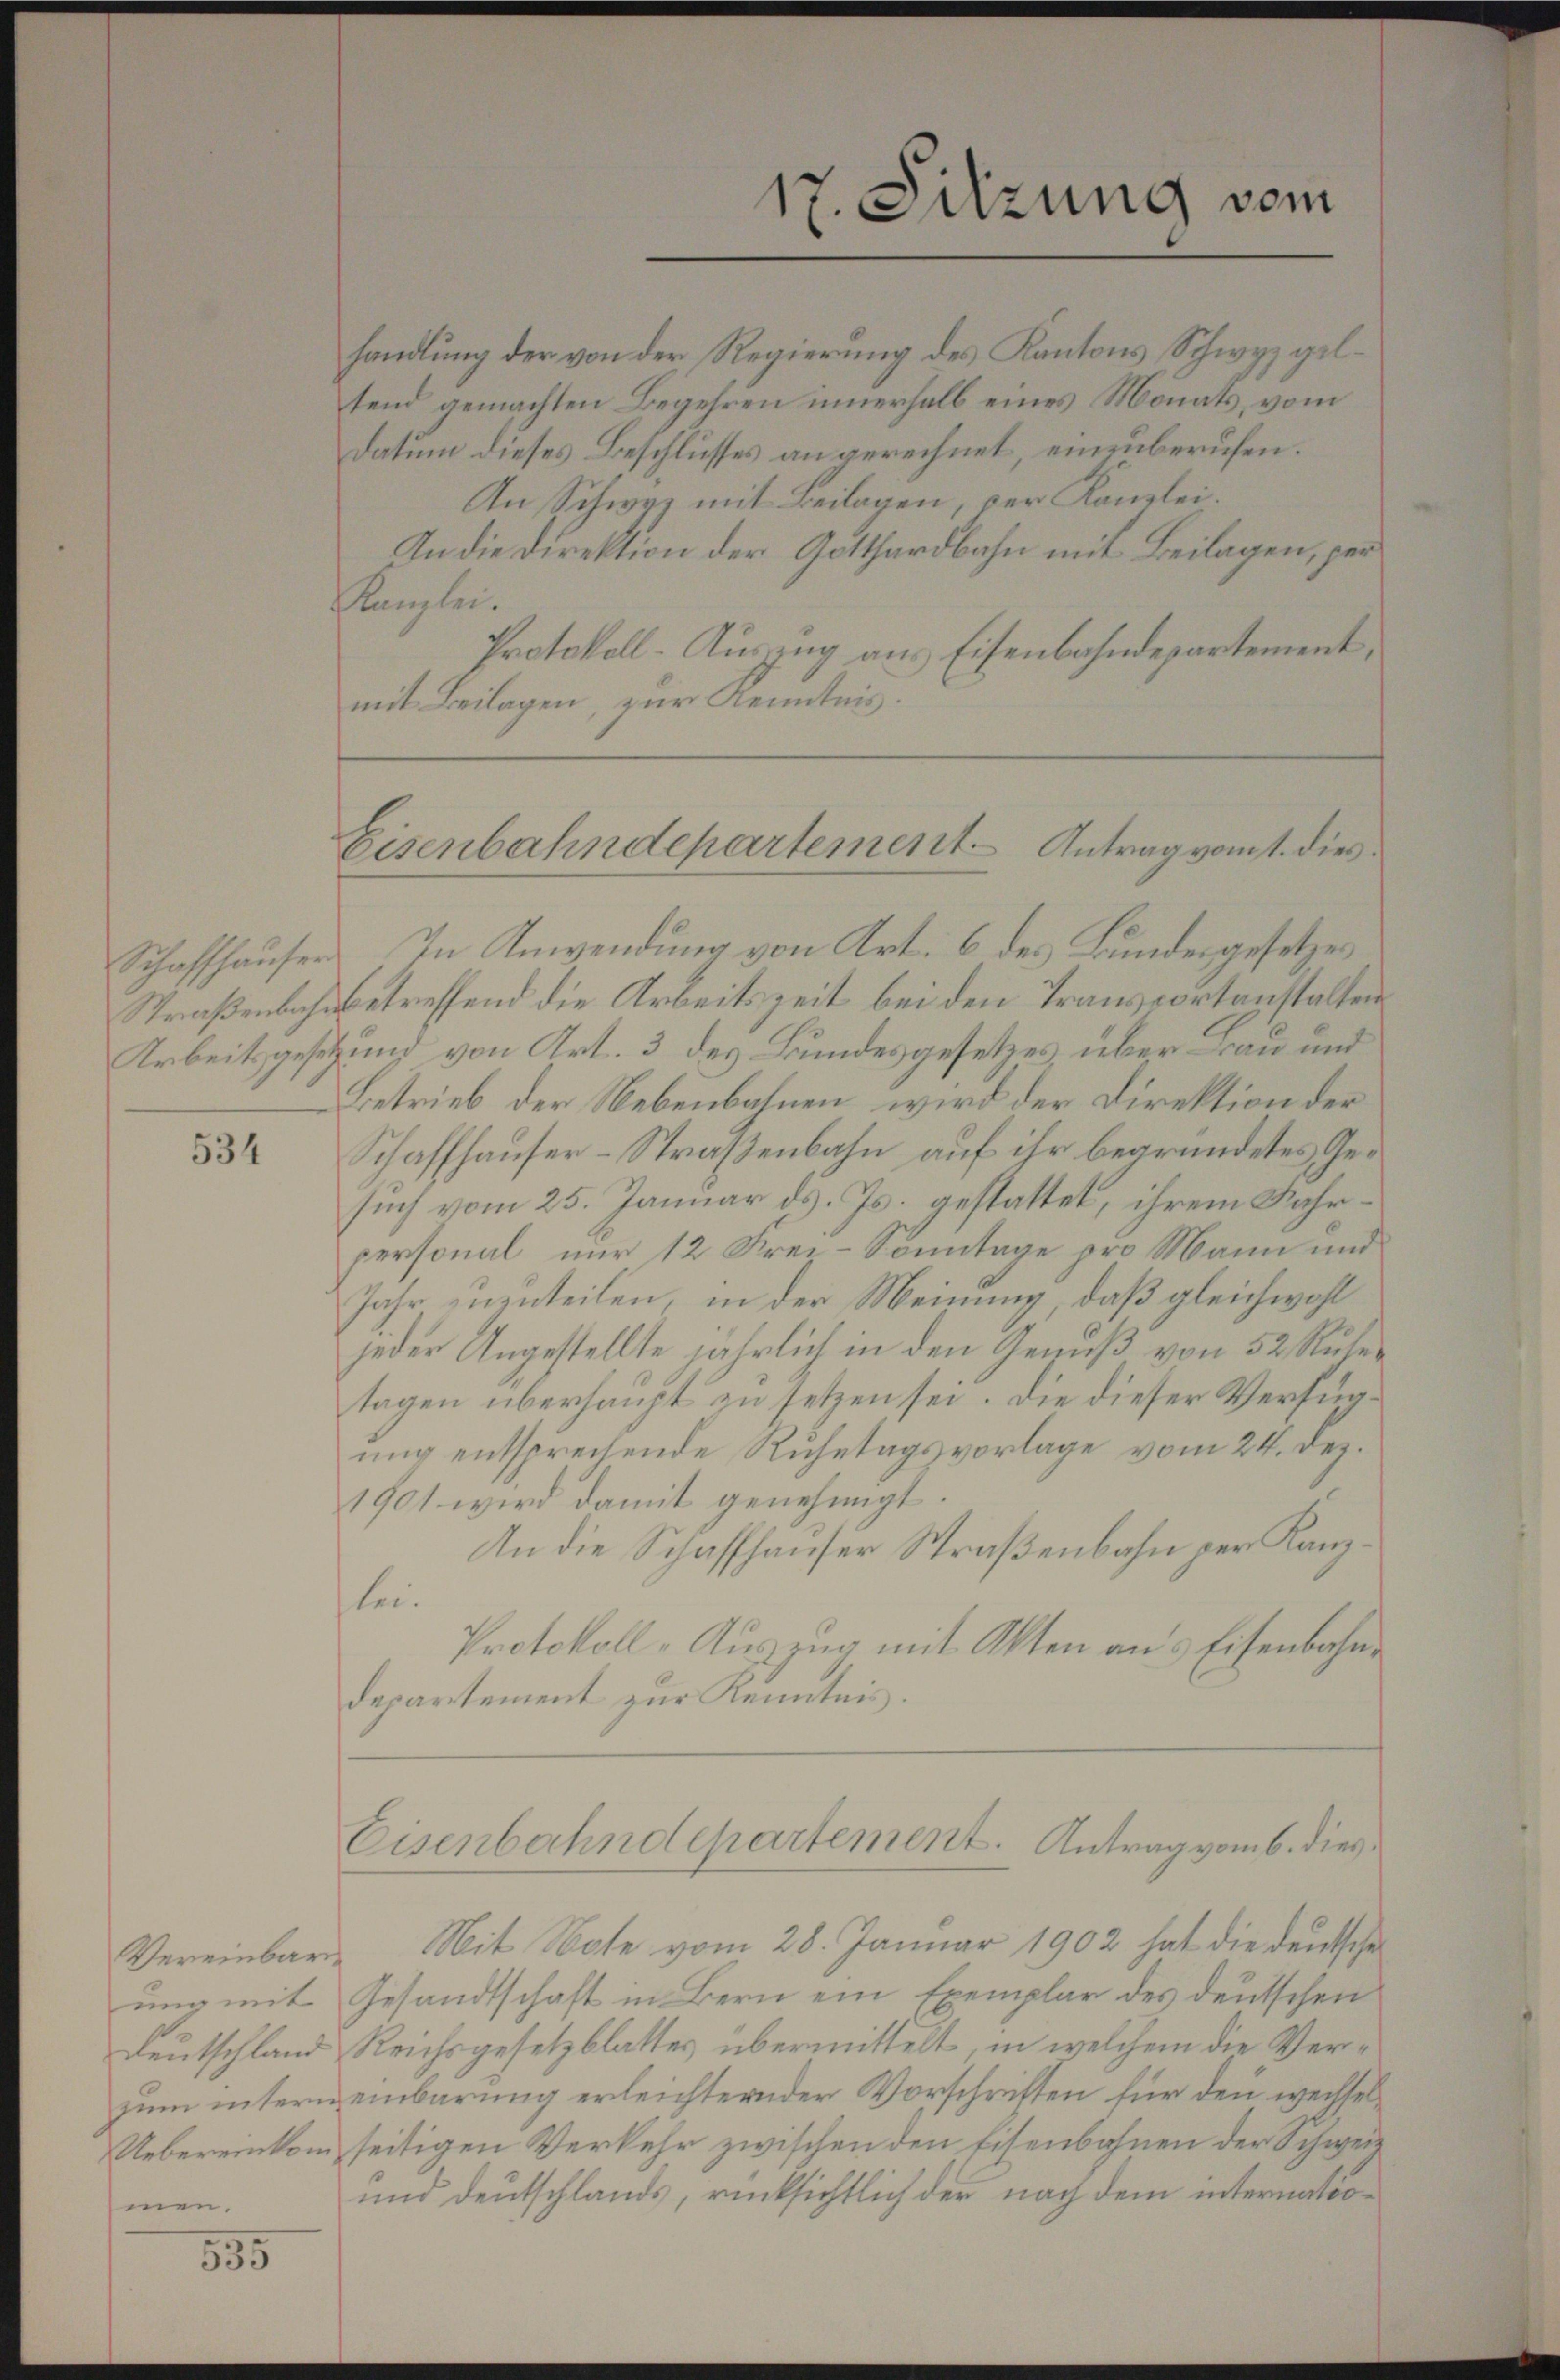
534

ung mit
Deutschland
Uebereinkom
men.

555

handlung der von der Regierung des Kantons Schwyz geltend gemachten Begehren innerhalb eines Monats, vom
Datum dieses Beschlusses an gerechnet, einzuberufen.
An Schwyz mit Beilagen, der Kanzlei.
In die Direktion der Gotthardbahn mit Beilagen, per¬
Kanzlei.
Protokoll-Auszug aus Eisenbahndepartement,
mit Beilagen, zur Kenntnis.

17. Sitzung vom

Schaffhauser. In Anwendung von Art. 6 des Bundesgesetzes
Straßenbahnbetreffend die Arbeitszeit bei den Transportanstalten
Arbeitsgesetz und von Art. 3 des Bundesgesetzes, über au und
Betrieb der Nebenbahnen wird der Direktion der
Schaffhauser-Straßenbahn auf ihr begründetes Gesuch vom 25. Januar ds. Js. gestattet, ihrem Fahrpersonal nur 12 Frei-Sonntage pro Mann und
Jahr zuzuteilen, in der Meinung, daß gleichwohl
jeder Angestellte jährlich in den Genuß von 52 Ruhetagen überhaupt zu setzen sei. Die dieser Verfügung entsprechende Ruhetagsvorlage vom 24. Dez.
1901 wird damit genehmigt.
An die Schaffhauser Straßenbahn per Kanzlei.
Protokoll-Auszug mit Akten aus Eisenbahne
departement zur Kenntnis.

Eisenbahndepartement Antrag vom 1. dies

Eisenbahndepartement. Antrag vom 6. dies

Vereinbare Mit Note vom 28. Januar 1902 hat die deutsche
Gesandtschaft in Bern ein Exemplar des deutschen
Reichsgesetzblattes übermittelt, in welchem die Verzum intern einbarung erleichternder Vorschriften für den wechselseitigen Verkehr zwischen den Eisenbahnen der Schwei¬
und Deutschlands, rücksichtlich der nach dem internatio¬